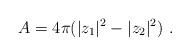
LaTeX: \begin{align*}A = 4\pi ( |z_1|^2 - |z_2|^2) \ .\end{align*}